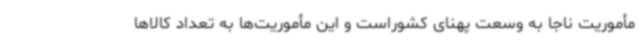
مأموریت ناجا به وسعت پهنای کشوراست و این مأموریت‌ها به تعداد کالاها